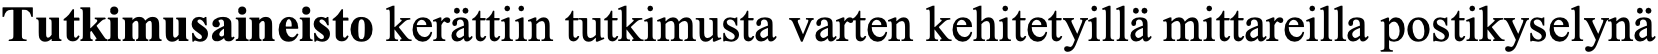
Tutkimusaineisto kerättiin tutkimusta varten kehitetyillä mittareilla postikyselynä